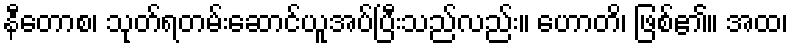
နီတောစ၊ သုတ်ရတမ်းဆောင်ယူအပ်ပြီးသည်လည်း။ ဟောတိ၊ ဖြစ်၏။ အထ၊